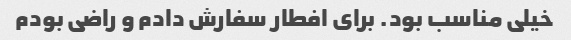
خیلی مناسب بود. برای افطار سفارش دادم و راضی بودم